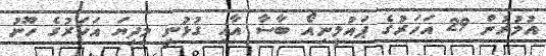
އުމުރުން 29 އަހަރުގެ ޕައުލީނިއޯ ބާސާ އާއި ގުޅުނީ މިދިޔަ އަހަރުގެ ހޫނު